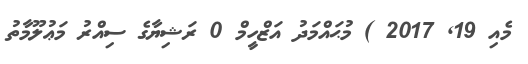
މެއި 19